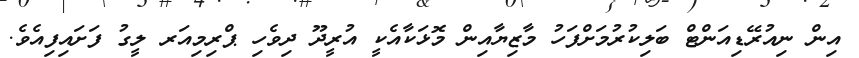
އިން ނިއުރޭޑިއަންޓް ބަލިކުރުމަށްފަހު މާޒިޔާއިން މޮޅަކާއެކީ އުރީދޫ ދިވެހި ޕްރިމިއަރ ލީގު ފަށައިފިއެވެ.